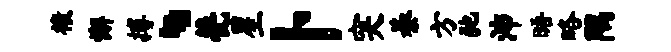
榱懈搏、甍星卜突綦方弛沛晤略隅